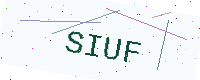
Text: SIUF